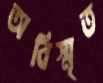
অবিস্মৃত